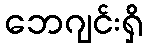
ဘေဂျင်းရှိ